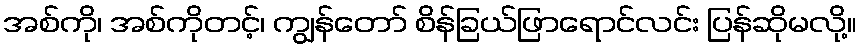
အစ်ကို၊ အစ်ကိုတင့်၊ ကျွန်တော် စိန်ခြယ်ဖြာရောင်လင်း ပြန်ဆိုမလို့။